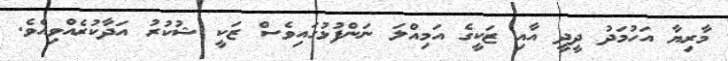
މާރިޔާ އަހުމަދު ދީދީ އާއި ޒަކީގެ އަމިއްލަ ނަންފުޅުގައިވެސް ޒަކީ ޝުކުރު އަދާކުރެއްވިއެވެ.